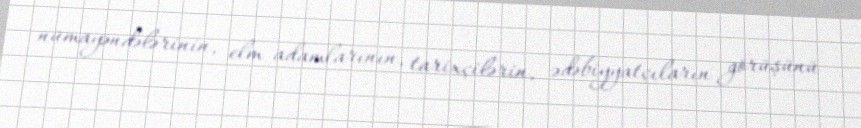
nümayəndələrinin, elm adamlarının, tarixçilərin, ədəbiyyatçıların görüşünü